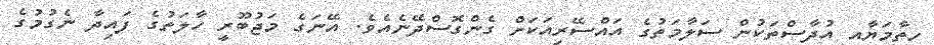
ހިތާމަޔާއި އުދާސްތަކުން ސަލާމަތުގެ އައްސޭރިއަކަށް ގެންގޮސްދޭނެއެވެ. އޭނަގެ މަޖުބޫރީ ހާލަތުގެ ފައިދާ ނެގުމުގެ